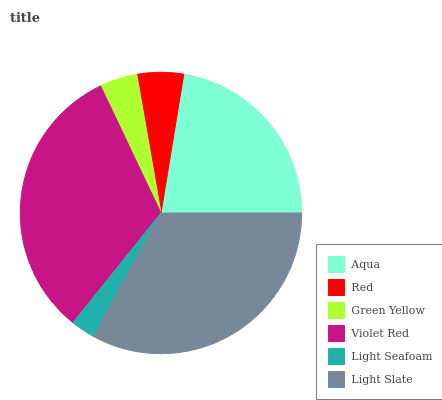
| Aqua | Red | Green Yellow | Violet Red | Light Seafoam | Light Slate |
 | --- | --- | --- | --- | --- | --- |
 | 22.4% | 5.33% | 4.31% | 32.2% | 2.8% | 33% |